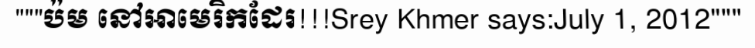
"""ប៉ម នៅអាមេរិកដែរ!!!Srey Khmer says:July 1, 2012"""